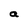
Character: a